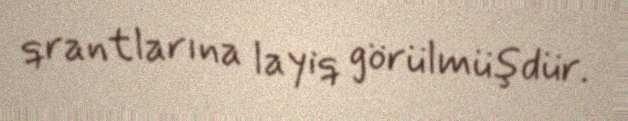
qrantlarına layiq görülmüşdür.